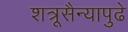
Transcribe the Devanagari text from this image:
शत्रूसैन्यापुढे